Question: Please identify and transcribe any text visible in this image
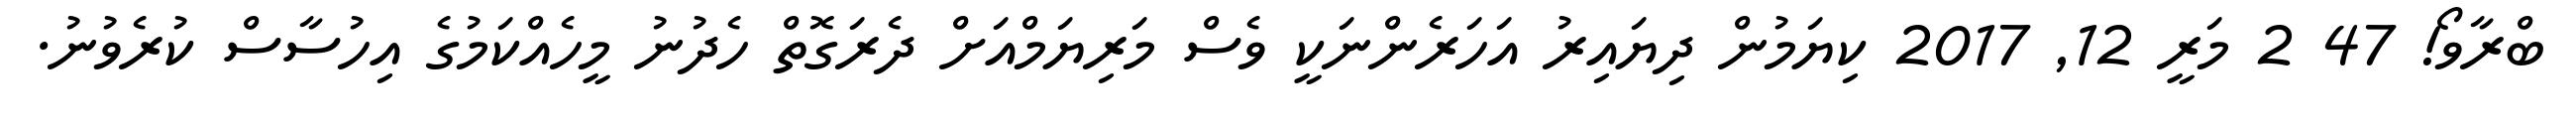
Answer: ބްރާވޯ! 47 2 މަރީ 12, 2017 ކިޔަމުން ދިޔައިރު އަހަރެންނަކީ ވެސް މަރިޔަމްއަށް ދެރަގޮތް ހެދުނު މީހެއްކަމުގެ އިހުސާސް ކުރެވުނު.